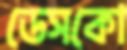
ডেসকো